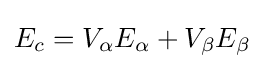
E_{c}=V_{\alpha }E_{\alpha }+V_{\beta }E_{\beta }